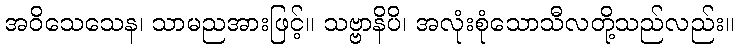
အဝိသေသေန၊ သာမညအားဖြင့်။ သဗ္ဗာနိပိ၊ အလုံးစုံသောသီလတို့သည်လည်း။